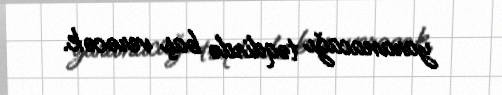
yaranacağı təqdirdə baş verəcək.